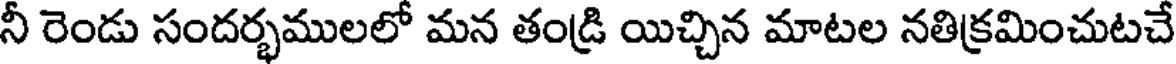
నీ రెండు సందర్భములలో మన తండ్రి యిచ్చిన మాటల నతిక్రమించుటచే